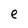
Character: e